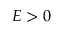
E > 0